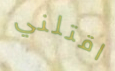
اقتلني